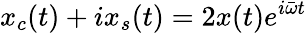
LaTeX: x_{c}(t)+ix_{s}(t)=2x(t)e^{i\bar{\omega}t}